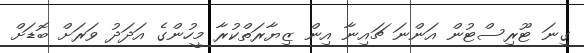
ގިނަ ޓޫރިސްޓުން އަންނަ ޗައިނާ އިން ޒިޔާރަތްކުރާ މީހުންގެ އަދަދު ވަރަށް ބޮޑަށް